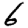
Digit: 6